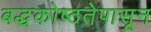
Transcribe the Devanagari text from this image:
बद्धकोष्ठतेपासून